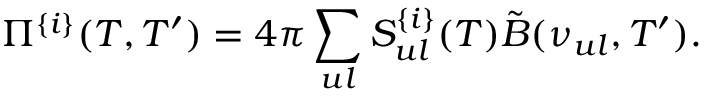
\Pi ^ { \{ i \} } ( T , T ^ { \prime } ) = 4 \pi \sum _ { u l } S _ { u l } ^ { \{ i \} } ( T ) \tilde { B } ( \nu _ { u l } , T ^ { \prime } ) .